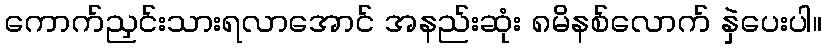
ကောက်ညှင်းသားရလာအောင် အနည်းဆုံး ၈မိနစ်လောက် နှဲပေးပါ။